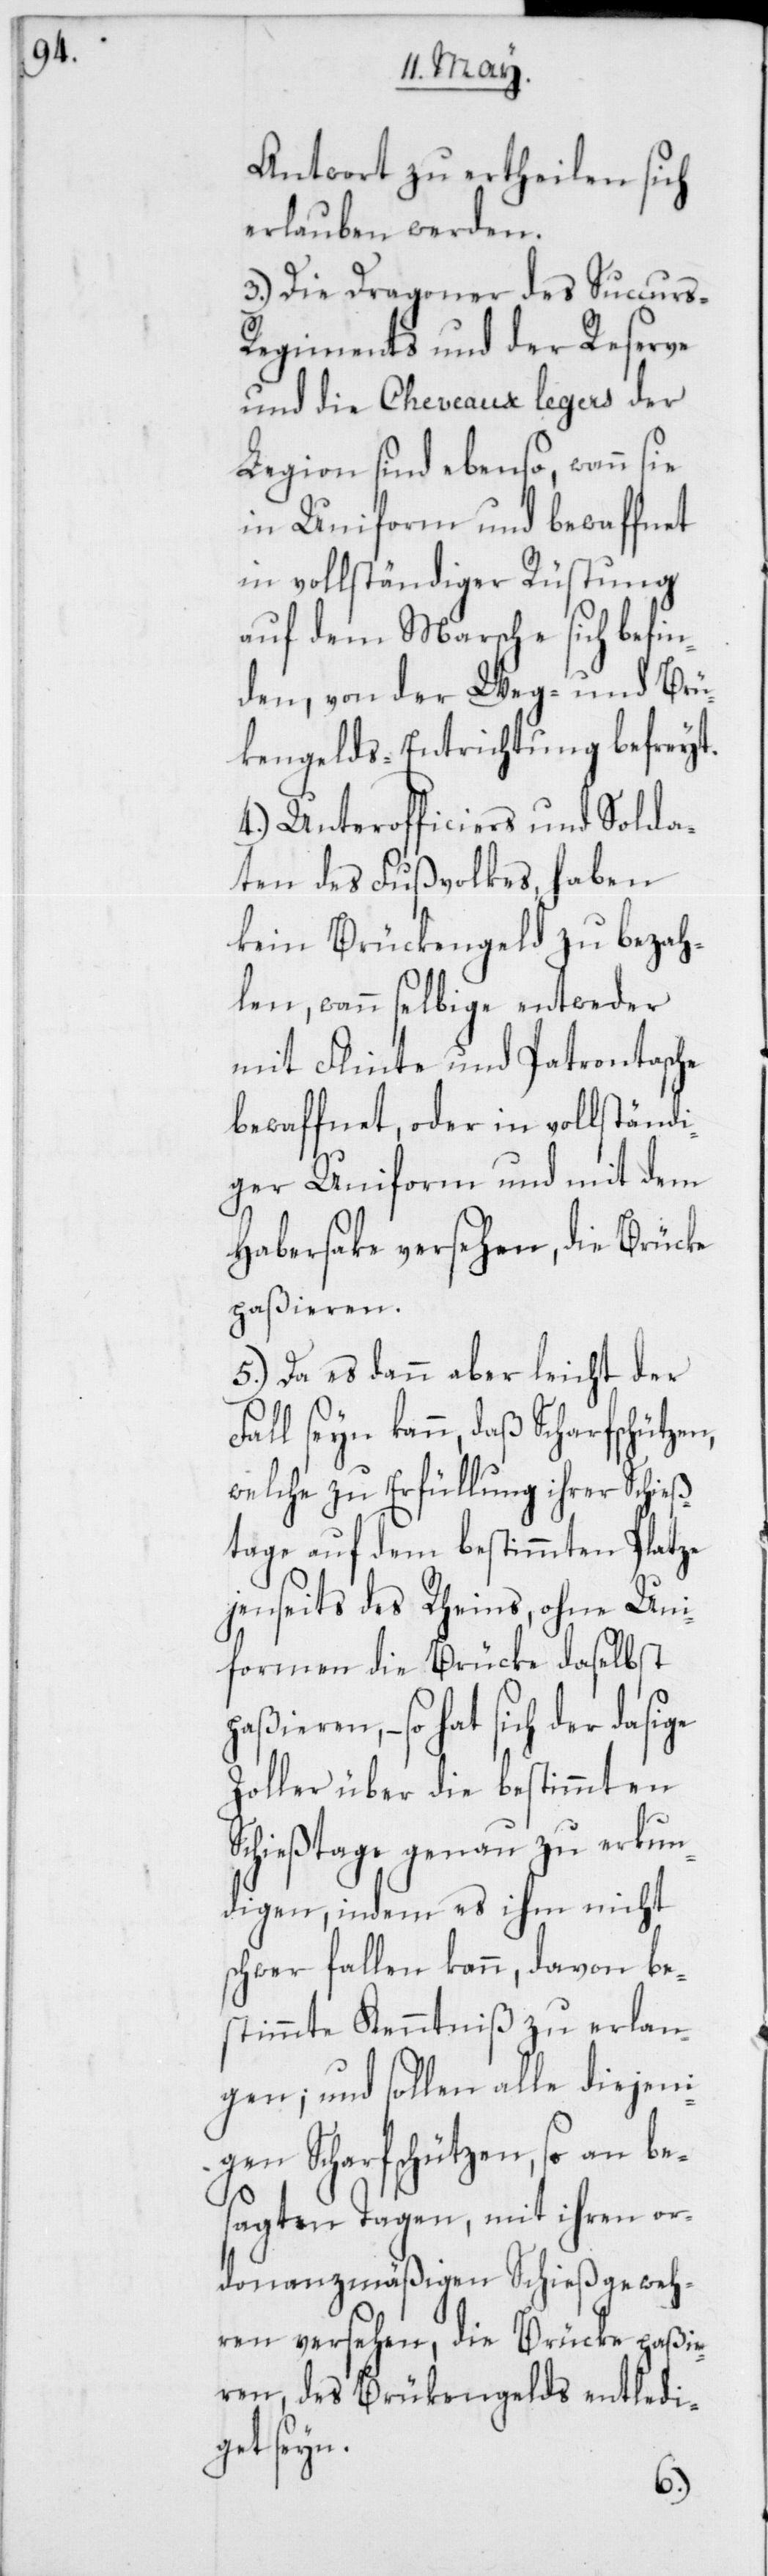
Antwort zu ertheilen sich
erlauben werden.
3.) Die Dragoner des Succurs-R¬
egiments und der Reserve
und die Cheveaux legers der
Legion sind ebenso, wann sie
in Uniform und bewaffnet
in vollständiger Rüstung
auf dem Marsche sich befin¬
den, von der Weg- und Brüc¬
kengelds-Entrichtung befreyt.
4.) Unterofficiers und Solda¬
ten des Fußvolkes haben
kein Brückengeld zu bezah¬
len, wann selbige entweder
mit Flinte und Patronentasche
bewaffnet, oder in vollständi¬
ger Uniform und mit dem
Habersake versehen, die Brücke
paßieren,
5.) Da es dann aber leicht der
seyn kann, daß Scharfschützen,
welche zu Erfüllung ihrer Schieß¬
tage auf dem bestimmten Platze
jenseits des Rheins, ohne Uni¬
formen die Brücke daselbst
– so hat sich der dasige
Zoller über die bestimmten
Schießtage genau zu erkun¬
digen, indem es ihm nicht
schwer fallen kann, davon be¬
stimmte Kenntniß zu erlan¬
gen; und sollen alle diejeni¬
gen Scharfschützen, so an be¬
sagten Tagen, mit ihren or¬
donanzmäßigen Schießgeweh¬
ren versehen, die Brücke paßie¬
ren, des Brükengelds entledi¬
get seyn.